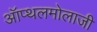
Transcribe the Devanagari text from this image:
ऑप्थलमोलाजी